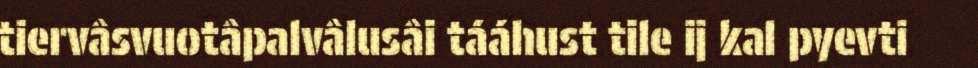
tiervâsvuotâpalvâlusâi tááhust tile ij kal pyevti